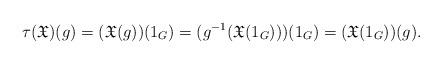
LaTeX: \begin{align*}\tau(\mathfrak{X}) (g) =(\mathfrak{X}(g))(1_G) = (g^{-1} (\mathfrak{X}(1_G)) )(1_G) = (\mathfrak{X}(1_G))(g). \end{align*}